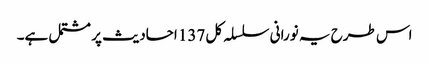
اس طرح یہ نورانی سلسلہ کل 137 احادیث پر مشتمل ہے۔